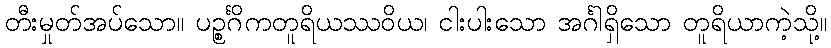
တီးမှုတ်အပ်သော။ ပဉ္စင်္ဂိကတူရိယဿဝိယ၊ ငါးပါးသော အင်္ဂါရှိသော တူရိယာကဲ့သို့။